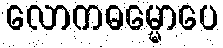
လောကဓမ္မောပေ